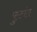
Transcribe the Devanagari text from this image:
फुटांत